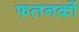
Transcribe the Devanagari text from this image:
फलनकों